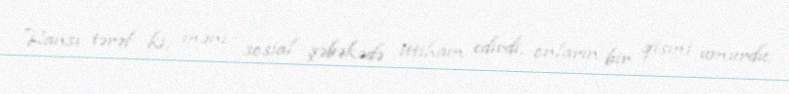
Hansı tərəf ki, məni sosial şəbəkədə ittiham edirdi, onların bir qismi umurdu,